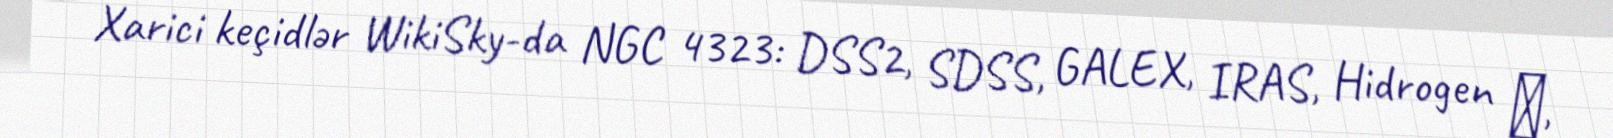
Xarici keçidlər WikiSky-da NGC 4323: DSS2, SDSS, GALEX, IRAS, Hidrogen α,